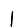
Digit: 1